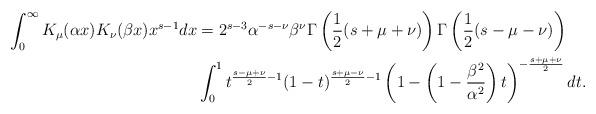
LaTeX: \begin{align*} \int_0^\infty K_\mu(\alpha x)K_\nu(\beta x) x^{s-1}dx &= 2^{s-3}\alpha^{-s-\nu}\beta^\nu \Gamma\left(\frac{1}{2}(s+\mu+\nu) \right)\Gamma\left(\frac{1}{2}(s-\mu-\nu)\right)\\&\int_0^1 t^{\frac{s-\mu+\nu}{2}-1}(1-t)^{\frac{s+\mu-\nu}{2}-1}\left(1 - \left(1-\frac{\beta^2}{\alpha^2}\right)t\right)^{-\frac{s+\mu+\nu}{2}}dt.\end{align*}